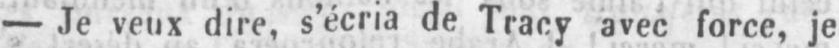
- Je veux dire, s’écria de Tracy avec force, je